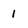
Character: 1